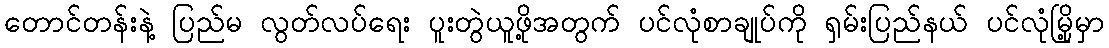
တောင်တန်းနဲ့ ပြည်မ လွတ်လပ်ရေး ပူးတွဲယူဖို့အတွက် ပင်လုံစာချုပ်ကို ရှမ်းပြည်နယ် ပင်လုံမြို့မှာ